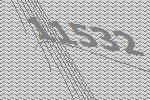
11532